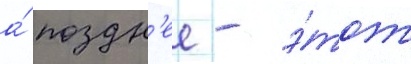
а́ поздн'ее - э́тот